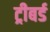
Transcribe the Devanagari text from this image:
ट्रीबर्ड